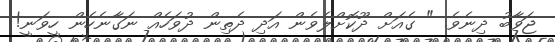
ޖަވާބު ދިނެވެ. " ގެއަށް ދޫކޮށްލެވެން އަދި ދެތިން ދުވަހެއް ނަގާނެހެން ހީވަނީ!